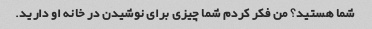
شما هستید؟ من فکر کردم شما چیزی برای نوشیدن در خانه او دارید.